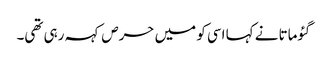
گئوماتا نے کہا اسی کو میں حرص کہہ رہی تھی۔